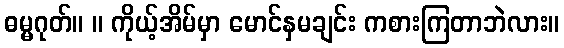
ဓမ္မဂုတ်။ ။ ကိုယ့်အိမ်မှာ မောင်နှမချင်း ကစားကြတာဘဲလား။